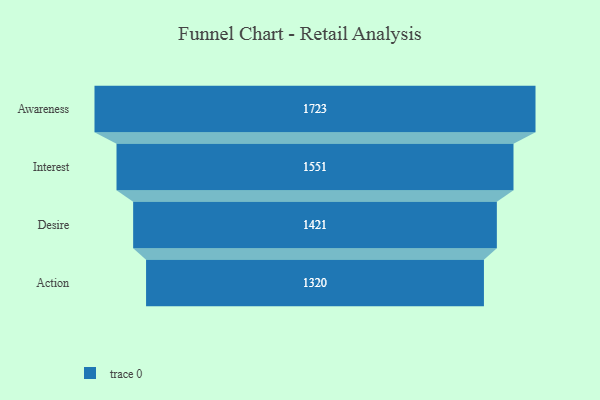
{"axis": {"x": "Stage", "y": "Value"}, "legend": [""], "data": [{"x": "Awareness", "y": 1723.0, "type": ""}, {"x": "Interest", "y": 1551.0, "type": ""}, {"x": "Desire", "y": 1421.0, "type": ""}, {"x": "Action", "y": 1320.0, "type": ""}]}